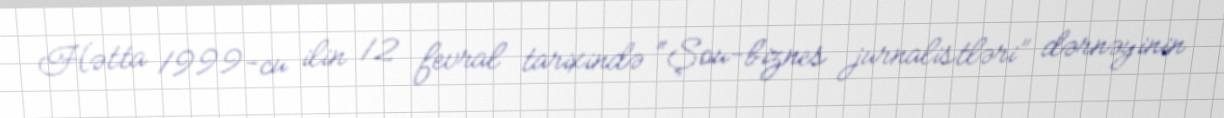
Hətta 1999-cu ilin 12 fevral tarixində “Şou-biznes jurnalistləri” dərnəyinin